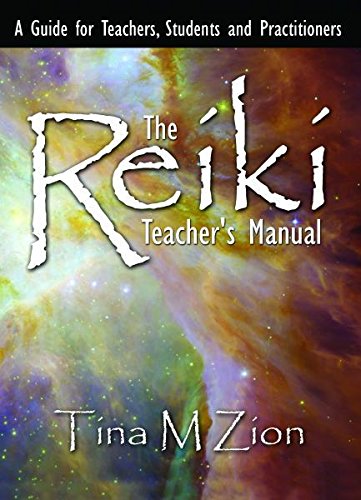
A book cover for The Reiki Teacher's Manual; Tina Zion; Religion & Spirituality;